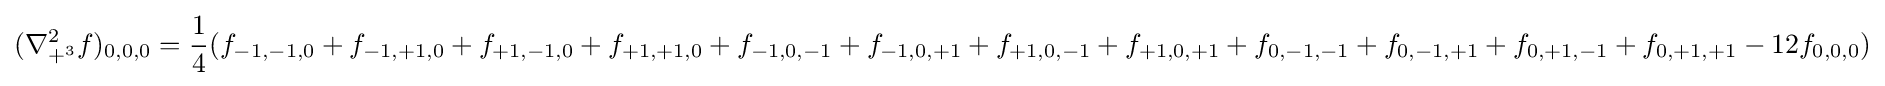
(\nabla _{+^{3}}^{2}f)_{0,0,0}={\frac {1}{4}}(f_{-1,-1,0}+f_{-1,+1,0}+f_{+1,-1,0}+f_{+1,+1,0}+f_{-1,0,-1}+f_{-1,0,+1}+f_{+1,0,-1}+f_{+1,0,+1}+f_{0,-1,-1}+f_{0,-1,+1}+f_{0,+1,-1}+f_{0,+1,+1}-12f_{0,0,0})